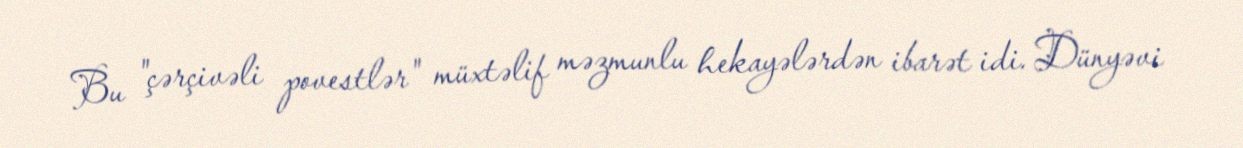
Bu "çərçivəli povestlər" müxtəlif məzmunlu hekayələrdən ibarət idi. Dünyəvi